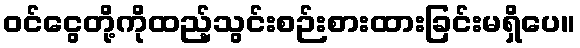
ဝင်ငွေတို့ကိုထည့်သွင်းစဉ်းစားထားခြင်းမရှိပေ။